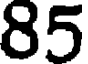
85